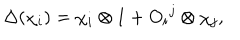
LaTeX: \Delta ( \chi _ { i } ) = \chi _ { i } \otimes 1 + O _ { i } { } ^ { j } \otimes \chi _ { j } ,